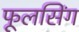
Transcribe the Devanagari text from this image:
फूलसिंग